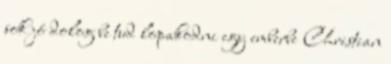
sok jó dolog be tud lopakodni egy emberbe Christian